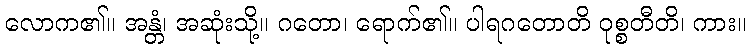
လောက၏။ အန္တံ၊ အဆုံးသို့။ ဂတော၊ ရောက်၏။ ပါရဂတောတိ ဝုစ္စတီတိ၊ ကား။